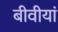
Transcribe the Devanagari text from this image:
बीवीयां